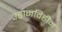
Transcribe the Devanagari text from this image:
उड़ानविहीन